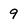
Character: 9